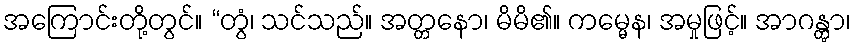
အကြောင်းတို့တွင်။ “တွံ၊ သင်သည်။ အတ္တနော၊ မိမိ၏။ ကမ္မေန၊ အမှုဖြင့်။ အာဂန္တွာ၊